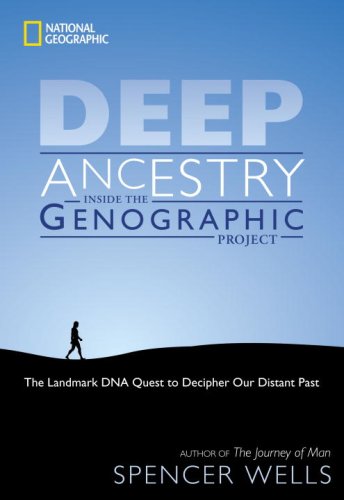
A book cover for Deep Ancestry: Inside The Genographic Project; Spencer Wells; Politics & Social Sciences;